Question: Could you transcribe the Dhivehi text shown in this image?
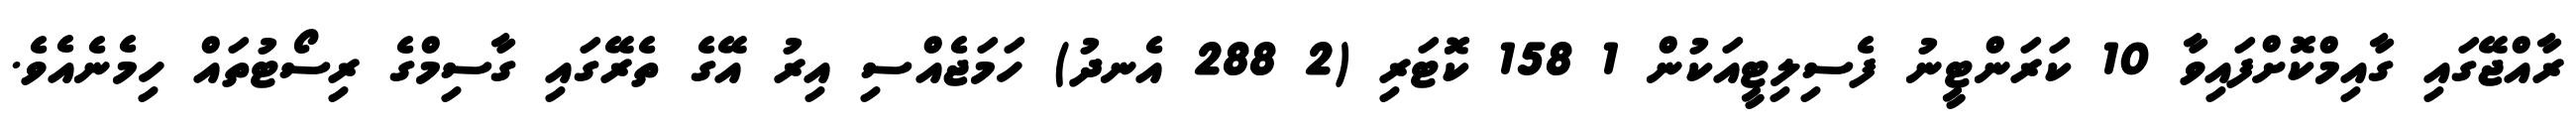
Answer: ރާއްޖޭގައި ގާއިމްކޮށްފައިވާ 10 ކަރަންޓީނު ފެސިލިޓީއަކުން 1 158 ކޮޓަރި (2 288 އެނދު) ހަމަޖެއްސި އިރު އޭގެ ތެރޭގައި ގާސިމްގެ ރިސޯޓުތައް ހިމެނެއެވެ.